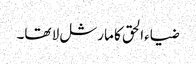
ضیاءالحق کا مارشل لا تھا۔